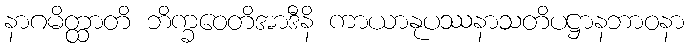
နာဂမိတ္ထာတိ ဘိက္ခဝေတိအာဒီနိ ကာယာနုပဿနာသတိပဋ္ဌာနဘာဝနာ